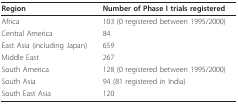
<table><thead><tr><td><b>Region</b></td><td><b>Number of Phase I trials registered</b></td></tr></thead><tbody><tr><td>Africa</td><td>103 (0 registered between 1995/2000)</td></tr><tr><td>Central America</td><td>84</td></tr><tr><td>East Asia (including Japan)</td><td>659</td></tr><tr><td>Middle East</td><td>267</td></tr><tr><td>South America</td><td>128 (0 registered between 1995/2000)</td></tr><tr><td>South Asia</td><td>94 (81 registered in India)</td></tr><tr><td>South East Asia</td><td>120</td></tr></tbody></table>